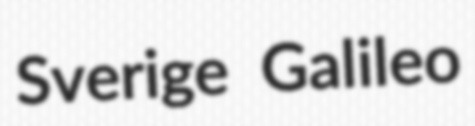
Sverige Galileo